Civil Veterinary Dept. Bombay admin report 1893-99 - 1893-1899
Year: 1893
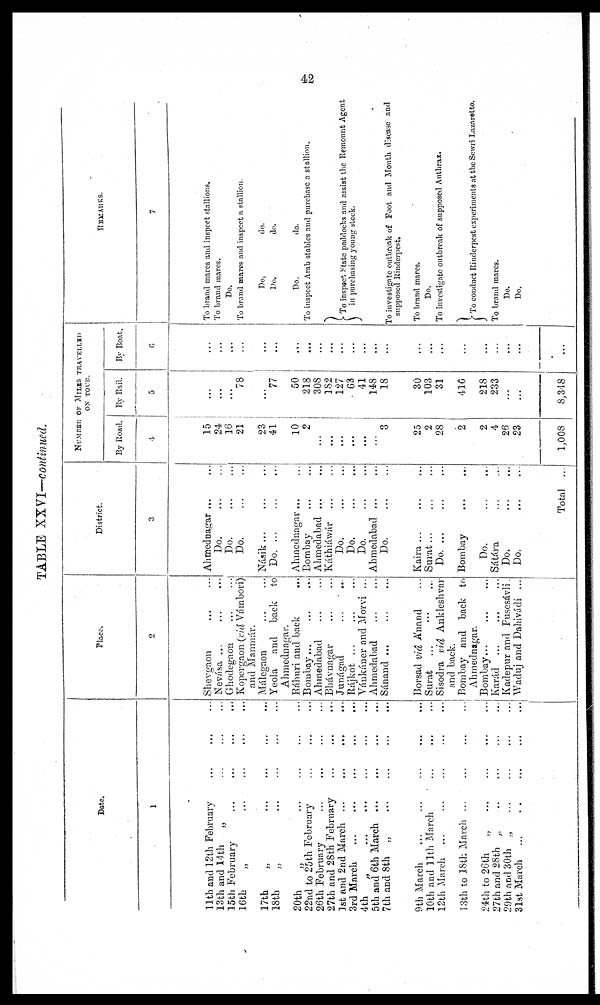
42
TABLE XXVI—continued.
Date.
1
11th and 12th February
...
...
...
13th and 14th
„
...
...
...
15th February ... ... ... ...
16th
„
...
...
...
...
17th
„
...
...
...
...
18th
„
...
...
...
...
20th
„
...
...
...
...
22nd to 25th February
...
...
...
26th February
...
...
...
...
27th and 28th February
...
...
...
1st and 2nd March
...
...
...
...
3rd March
...
...
...
...
...
4th
„
...
...
...
...
...
5th and 6th March
...
...
...
...
7th and 8th „
...
...
...
...
9th March ... ... ... ... ...
10th and 11th March
...
...
...
12th March
...
...
...
...
...
13th to 18th March
...
...
...
...
24th to 26th
„
...
...
...
...
27th and 28th „
...
...
...
...
29th and 30th „
...
...
...
...
31st March
...
...
...
...
...
Place.
2
Shevgaon
...
...
Nevása
...
...
...
Ghodegaon ... ...
Kopergaon (viâ Vámbori)
and Manmár.
Málegaon ... ...
Yeola and back to
Ahmednagar.
Ráhuri and back ...
Bombay ... ... ...
Ahmedabad ... ...
Bhávnagar ... ...
Junágad
...
...
Rájkot ... ... ...
Vánkáner and Morvi ...
Ahmedabad ... ...
Sánand ... ... ...
Borsad viâ A'nand ...
Surat ... ... ...
Sisodra viâ Ankleshvar
and back.
Bombay and back to
Ahmednagar.
Bombay...
...
...
Karád
...
...
...
Kadepur and Pusesávli.
Waduj and Dahivádi ...
District.
3
Ahmednagar ...
Do.
...
...
Do.
...
...
Do.
...
...
Násik
...
...
...
Do.
...
...
Ahmednagar ... ...
Bombay ... ...
Ahmedabad
...
...
Káthiáwár ... ...
Do.
...
...
Do.
...
...
Do.
...
...
Ahmedabad
...
...
Do.
...
...
Kaira ... ... ...
Surat ... ... ...
Do.
...
...
Bombay ... ...
Do.
...
...
Sátára ... ...
Do.
...
...
Do.
...
...
Total ...
NUMBER OF MlLES TRAVELLED
ON TOUR.
By Road.
4
15
24
16
21
23
41
10
2
...
...
...
...
...
...
3
25
2
28
2
2
4
26
23
1,008
By Rail.
5
...
...
...
78
...
77
50
218
308
182
127
63
41
148
18
30
103
31
416
218
233
...
...
8,348
By Boat.
6
...
...
...
...
...
...
...
...
...
...
...
...
...
...
...
...
...
...
...
...
...
...
...
...
REMARKS.
7
To brand mares and inspect stallions.
To brand mares.
Do.
To brand mares and inspect a stallion.
Do.
do.
Do.
do.
Do.
do.
To inspect Arab stables and purchase a stallion.
To inspect State paddocks and assist the Remount Agent
in purchasing young stock.
To investigate outbreak of Foot and Mouth disease and
supposed Rinderpest.
To brand mares.
Do.
To investigate outbreak of supposed Anthrax.
To conduct Rinderpest experiments at the Sewri Lazaretto.
To brand mares.
Do.
Do.